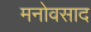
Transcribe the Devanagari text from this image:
मनोवसाद